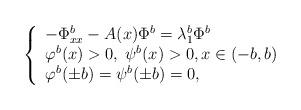
LaTeX: \begin{align*} \left\{\begin{array}{l} -\Phi^b_{xx}-A(x)\Phi^b = \lambda_1^b\Phi^b \\ \varphi^b(x)>0,\; \psi^b(x)>0, x\in (-b, b) \\ \varphi^b(\pm b)=\psi^b(\pm b)=0,\end{array}\right.\end{align*}